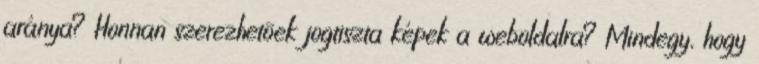
aránya? Honnan szerezhetõek jogtiszta képek a weboldalra? Mindegy, hogy